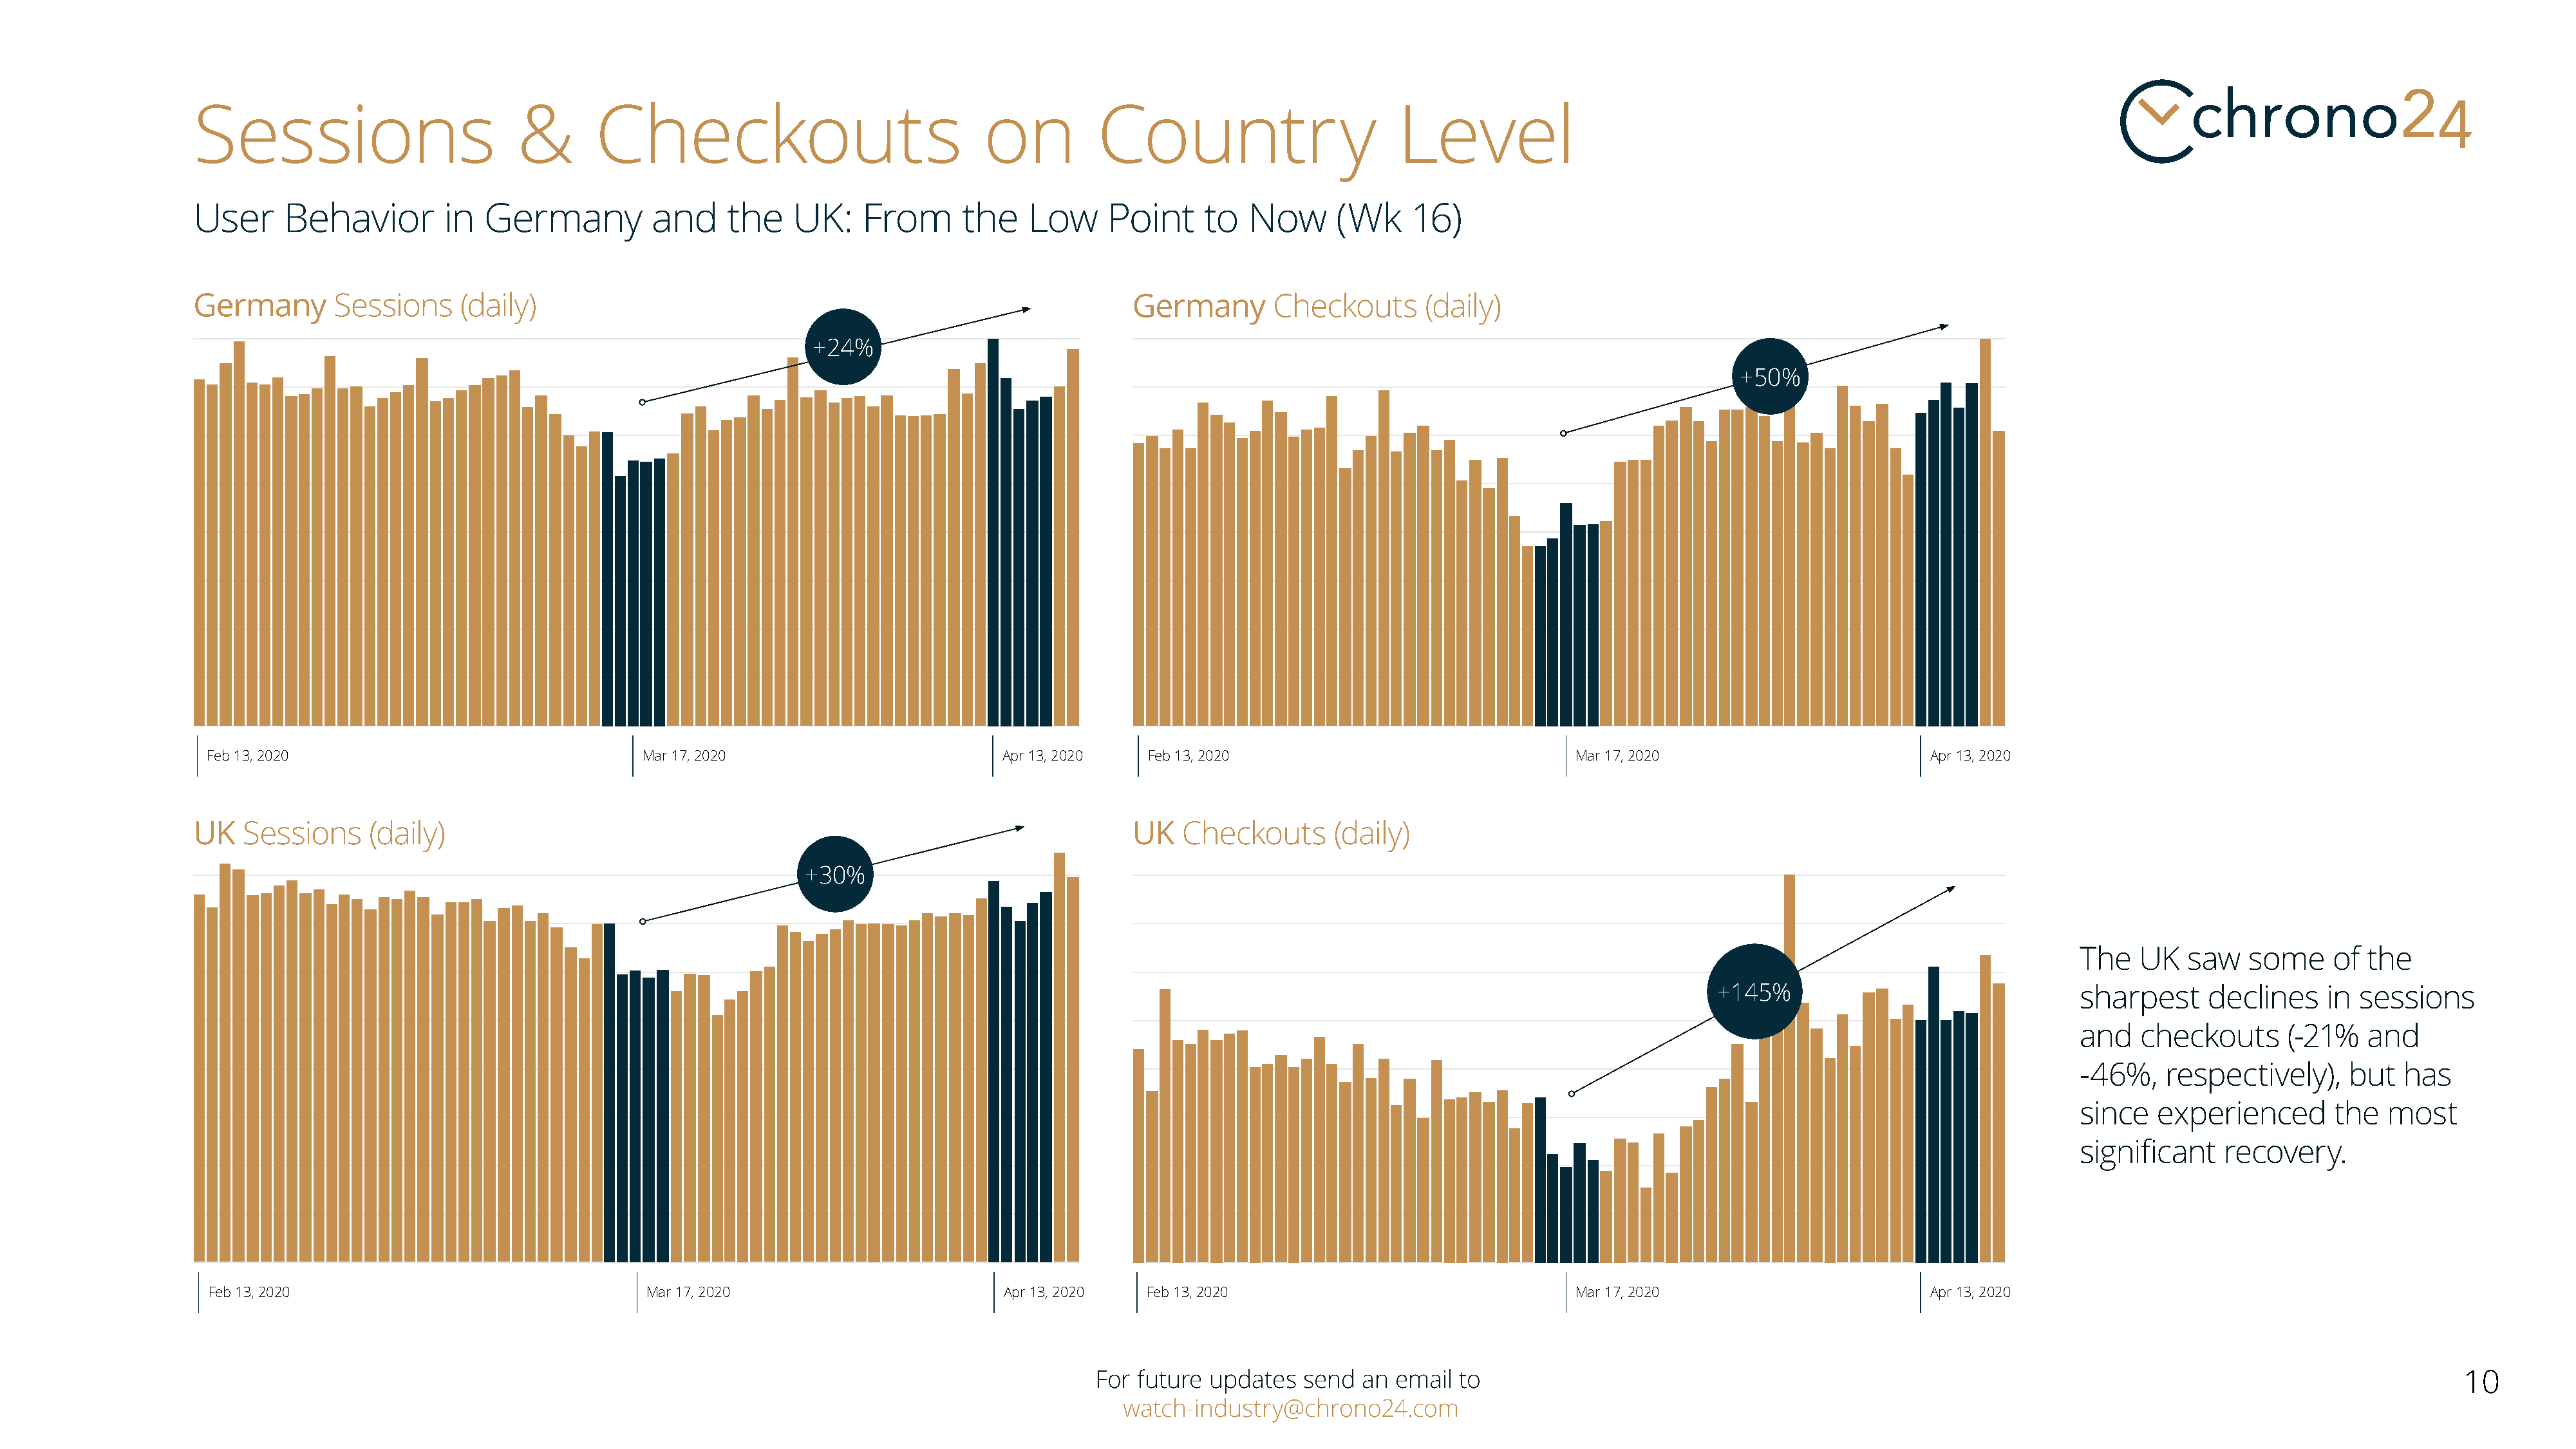
Sessions                         &       Checkouts                               on          Country                        Level
 User     Behavior         in  Germany          and     the    UK:    From      the    Low     Point     to  Now      (Wk     16)
 Germany       Sessions     (daily)                                                              Germany        Checkouts       (daily)
 +24%
 +50%
 Feb 13, 2020                                 Mar 17, 2020                         Apr 13, 2020   Feb 13, 2020                                Mar 17, 2020                        Apr 13, 2020
 UK   Sessions     (daily)                                                                       UK   Checkouts       (daily)
 +30%
 The   UK   saw   some     of the
 +145%                                 sharpest     declines    in sessions
 and   checkouts      (-21%   and
 -46%,    respectively),    but   has
 since   experienced       the  most
 significant    recovery.
 Feb 13, 2020                                 Mar 17, 2020                         Apr 13, 2020   Feb 13, 2020                                Mar 17, 2020                        Apr 13, 2020
 For future updates   send  an email  to                                                                                                     10
 watch-industry@chrono24.com